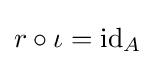
r\circ \iota =\operatorname {id} _{A}